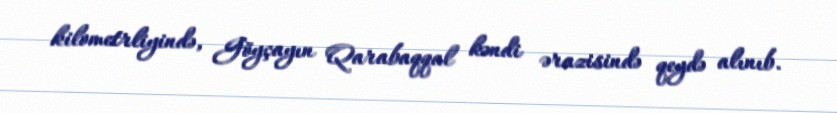
kilometrliyində, Göyçayın Qarabaqqal kəndi ərazisində qeydə alınıb.